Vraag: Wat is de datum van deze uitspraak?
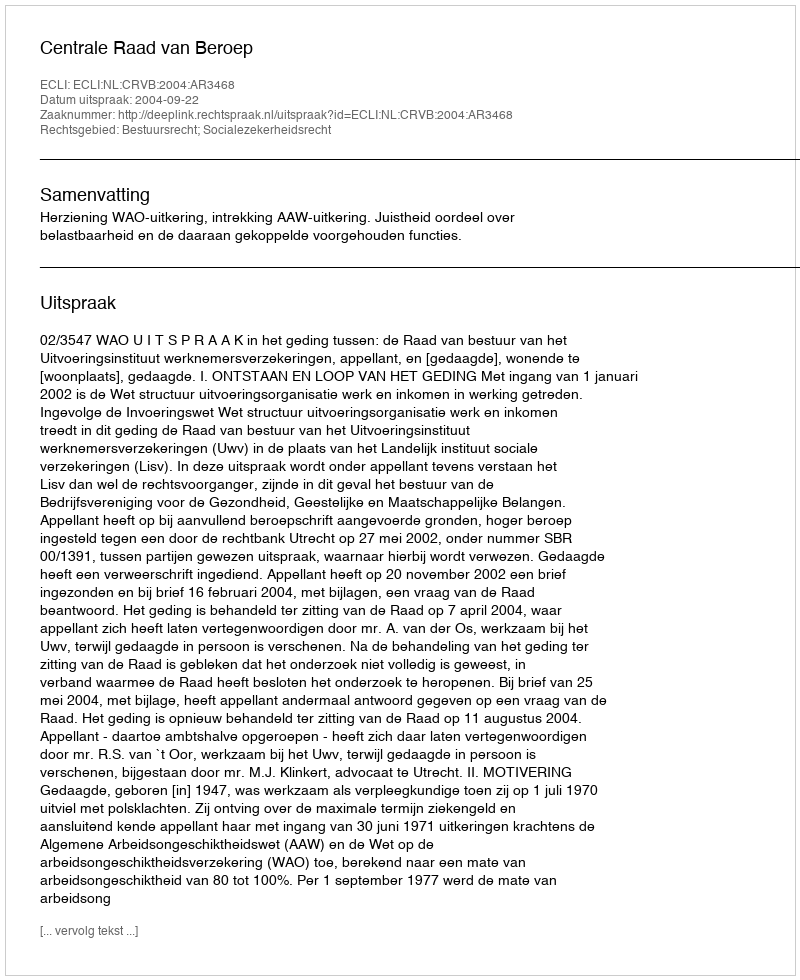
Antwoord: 2004-09-22